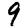
Digit: 9